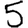
Digit: 5